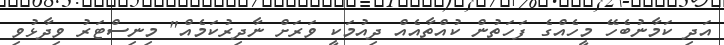
އަދި ކަމާނުބެހޭ މީހެއްގެ ފަހަތުން ކުއްތާއެއް ދިއުމަކީ ވަރަށް ނާދިރުކަމެއް" މިނިސްޓަރު ވިދާޅުވި